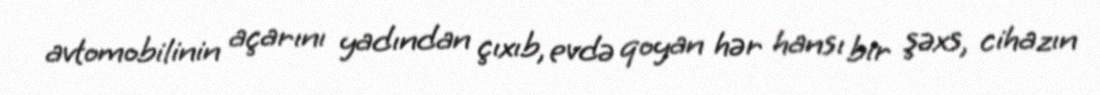
avtomobilinin açarını yadından çıxıb, evdə qoyan hər hansı bir şəxs, cihazın